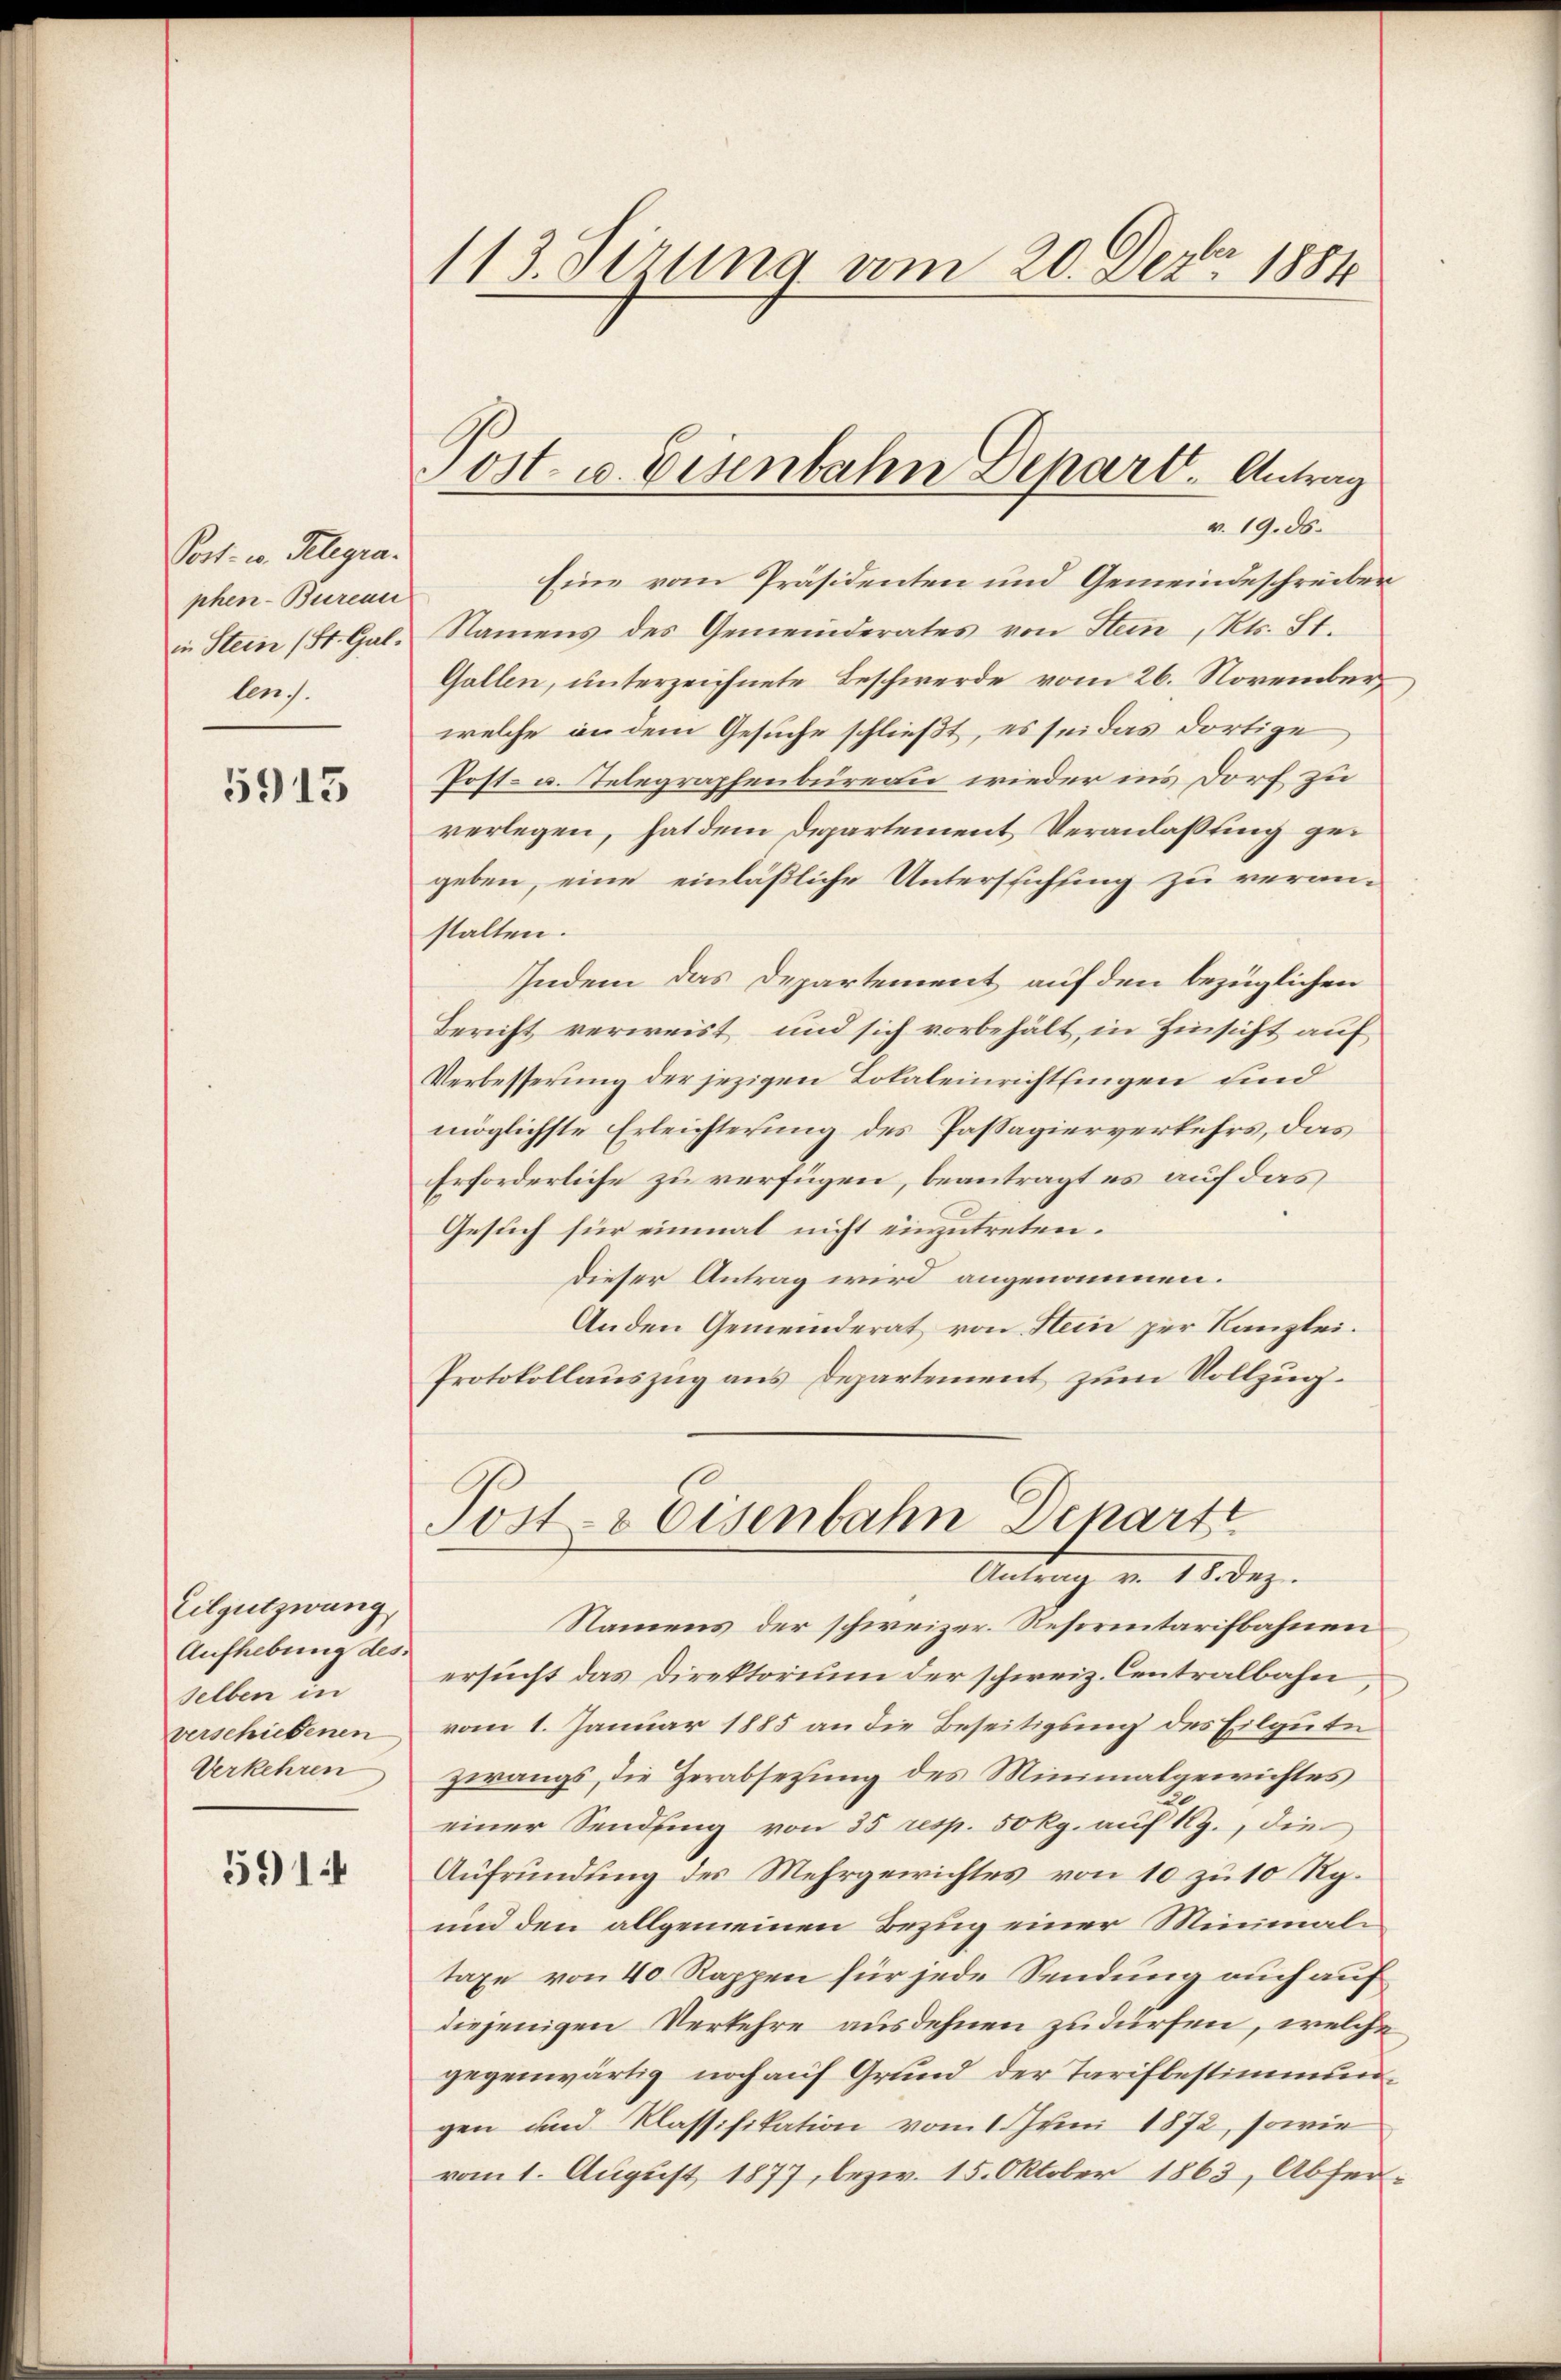
Post- u. Gelegraphen-Bureau
in Stein (St. Gal
lens.

5913

Eilgutzwang,
Aufhebung des
selben in
verschiedenen
Verkehren

591.

113. dirung vom 20. Dez. 1881

Post u. Eisenbahn Depart. Antrag
a. 19. d.

Eine vom Präsidenten und Gemeindeschreiber
Namens des Gemeinderates von Stein, Kts. St.
Gallen, unterzeichnete Beschwerde vom 26. November,
welche an dem Gesuche schließt, es sei das dortige
Post- u. Telegraphenbureau wieder ins Dorf zu
verlegen, hat dem Departement Veranlaßung gei
geben, eine einläßliche Unterstichung zu veranstalten.
Indem das Departement auf den bezüglichen
Bericht verweist und sich vorbehält, in Hinsicht auf
Verbesserung der jezigen Totaleinrichtlingen sind
möglichste Erleichterung des Passagierverkehrs, das
Erforderliche zu verfügen, beantragt es auf das
Gesuch für einmal nicht einzutreten.
dieser Antrag wird angenommen.
Anden Gemeinderat von Hein per Kanzlei.
Protokollauszug aus Departement zum Vollzug.
Post- & Eisenbahn Departe
Ad 28 Dez.
Namens der schweizer. Reformitarifbahnen
ersucht das Direktorium der schweiz. Centralbahn
vom 1. Januar 1885 an die Beseitigung des Eilgute
zwangs, die Herabsetzung des Minimalgerichtes
einer Sendung von 35 resp. 50 Rp. auf 1., die
Aufründung des Mehrgewichtes von 10 zu 10 Rp.
und den allgemeinen Bezug einer Minimali
taxe von 40 Rappen für jede Sendung auch auf
diejenigen Verkehre ausdehnen zu dürfen, welche
gegenwärtig noch auf Grund der Tarifbestimmungen und Klassifikation vom 1. Juni 1872, sowie
vom 1. August 1877, bezw. 15. Oktober 1863, Abfer¬